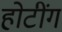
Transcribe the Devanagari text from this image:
होटींग